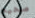
صحيح